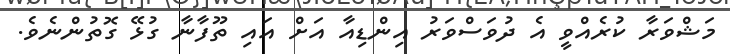
މަޝްވަރާ ކުރެއްވީ އެ ދުވަސްވަރު އިންޑިއާ އަށް އައި ތޫފާނާ ގުޅޭ ގޮތުންނެވެ.